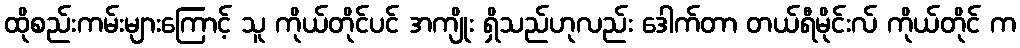
ထိုစည်းကမ်းများကြောင့် သူ ကိုယ်တိုင်ပင် အကျိုး ရှိသည်ဟုလည်း ဒေါက်တာ တယ်ရီမိုင်းလ် ကိုယ်တိုင် က